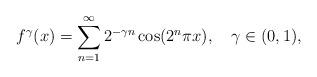
LaTeX: \begin{align*}f^\gamma(x)=\sum_{n=1}^\infty 2^{-\gamma n}\cos(2^n \pi x),\quad\gamma\in (0,1),\end{align*}